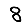
Digit: 8